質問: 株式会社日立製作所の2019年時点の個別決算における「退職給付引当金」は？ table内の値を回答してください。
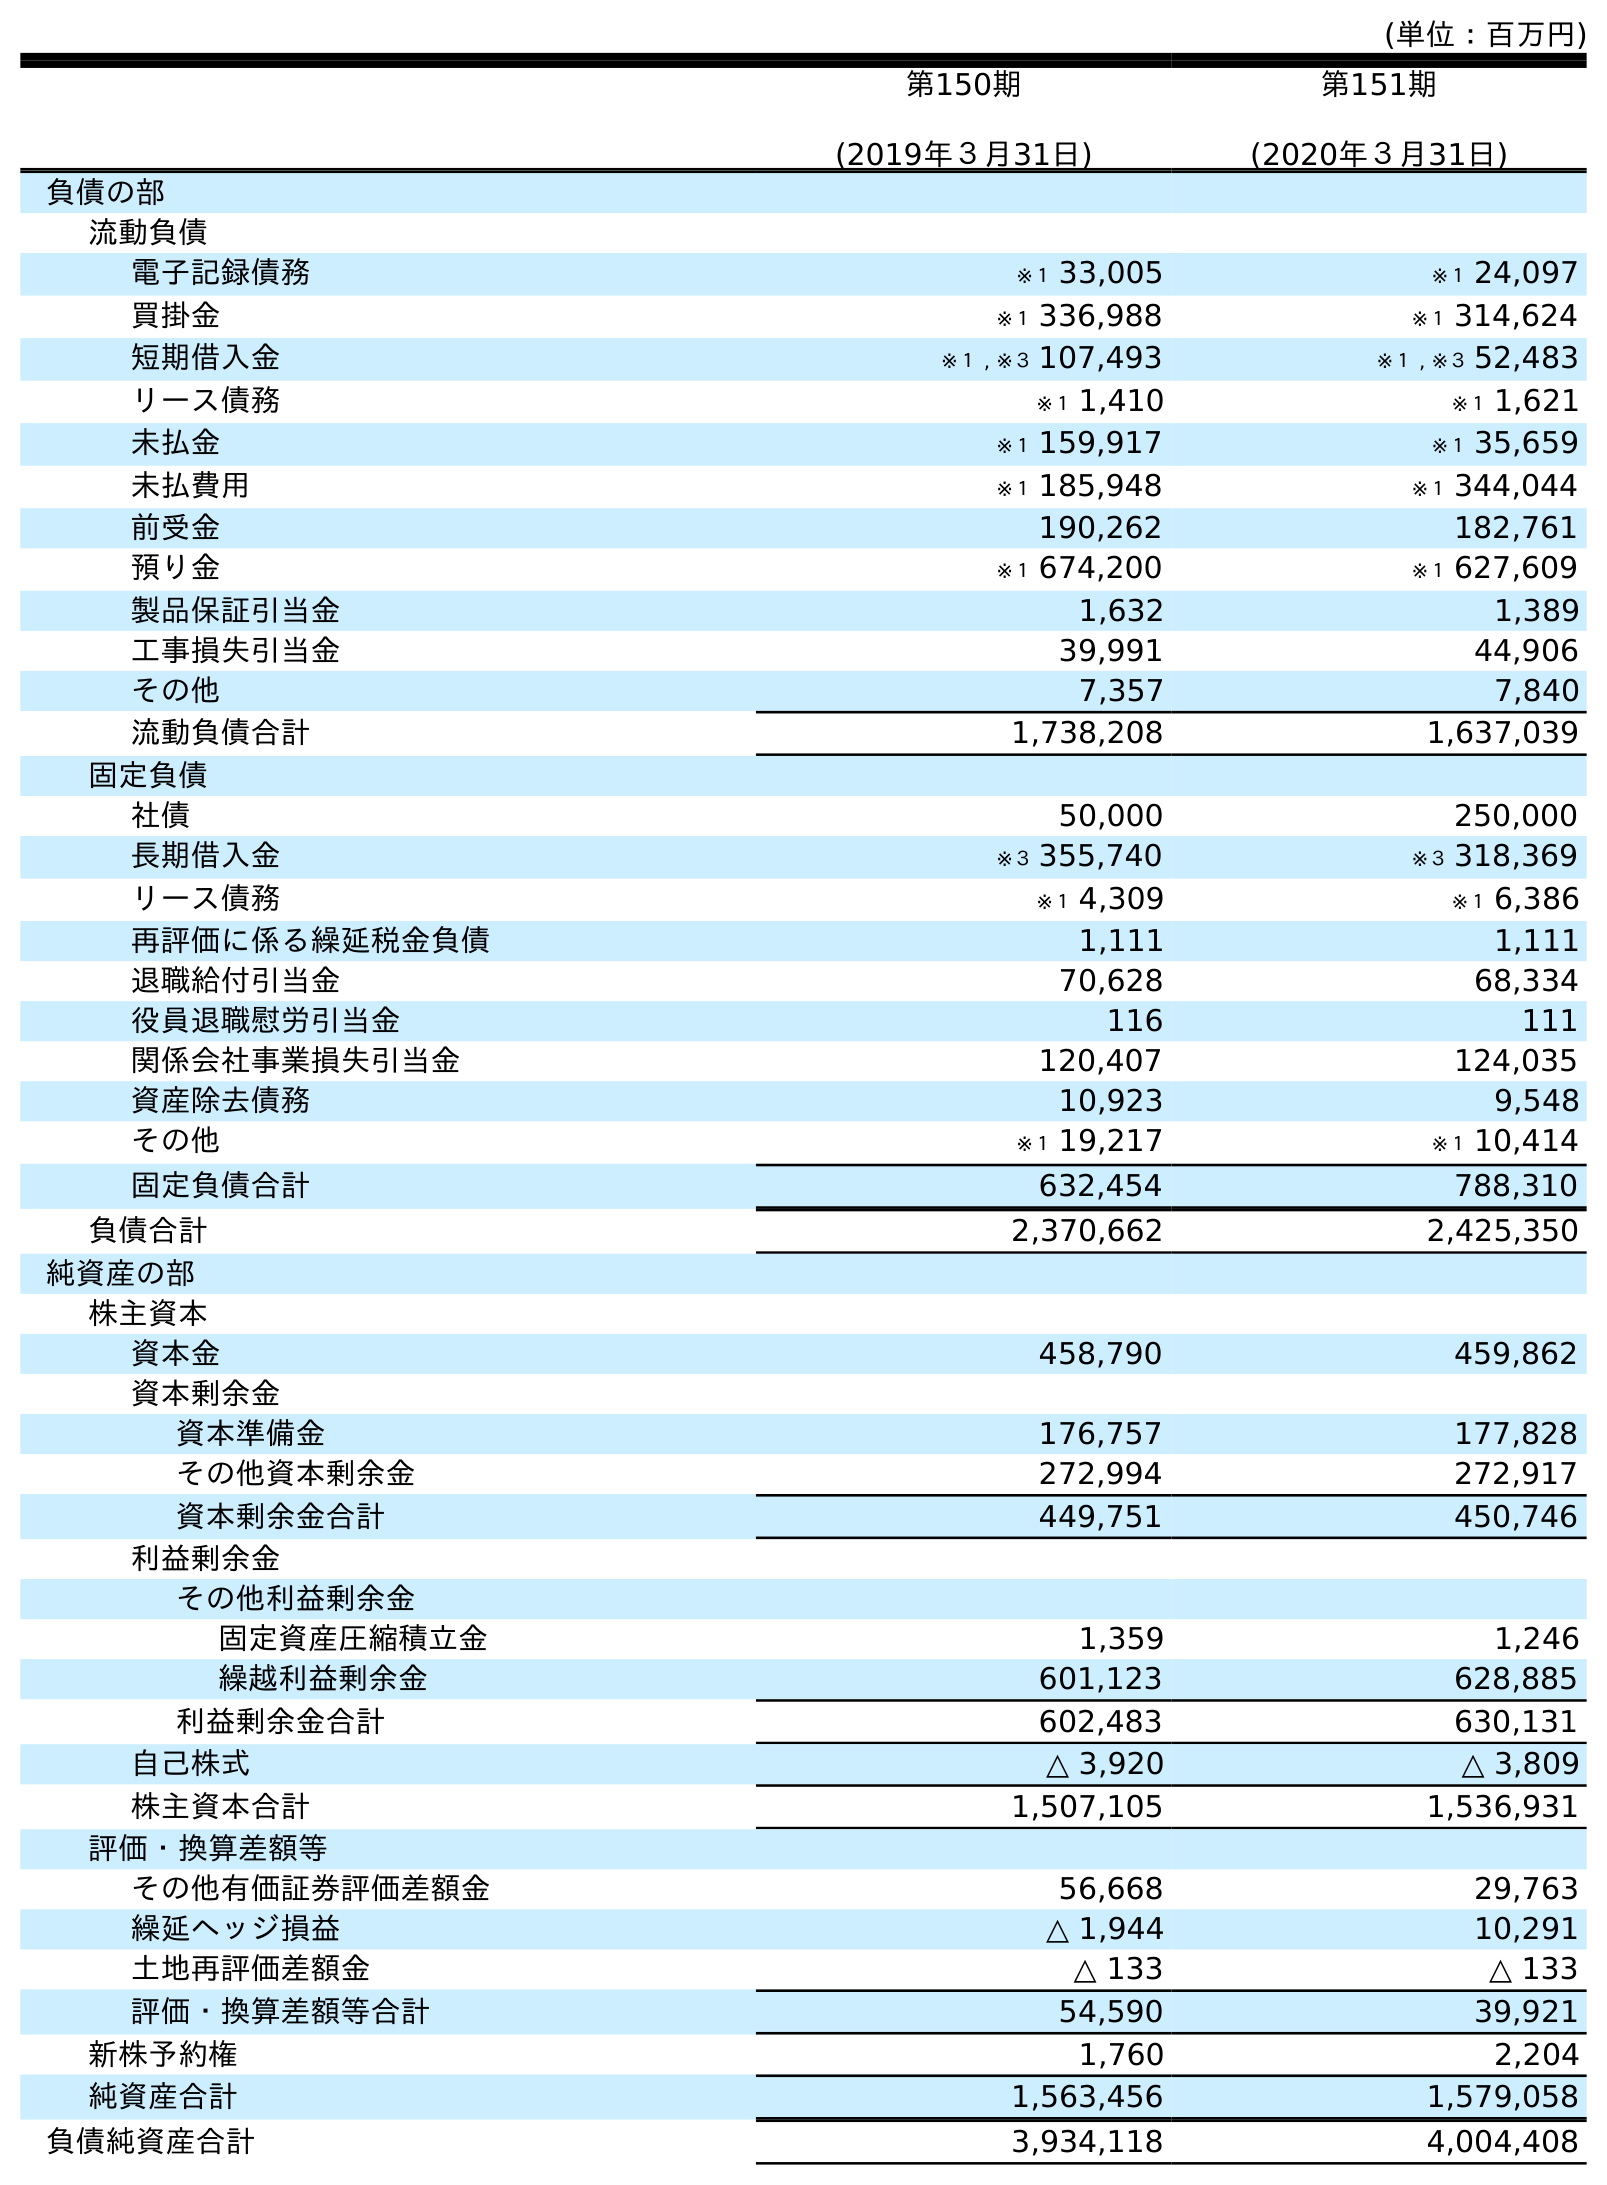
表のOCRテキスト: (単位：百万円) 第150期 (2019年３月31日) 第151期 (2020年３月31日) 負債の部 流動負債 電子記録債務 ※１ 33,005 ※１ 24,097 買掛金 ※１ 336,988 ※１ 314,624 短期借入金 ※１ , ※３ 107,493 ※１ , ※３ 52,483 リース債務 ※１ 1,410 ※１ 1,621 未払金 ※１ 159,917 ※１ 35,659 未払費用 ※１ 185,948 ※１ 344,044 前受金 190,262 182,761 預り金 ※１ 674,200 ※１ 627,609 製品保証引当金 1,632 1,389 工事損失引当金 39,991 44,906 その他 7,357 7,840 流動負債合計 1,738,208 1,637,039 固定負債 社債 50,000 250,000 長期借入金 ※３ 355,740 ※３ 318,369 リース債務 ※１ 4,309 ※１ 6,386 再評価に係る繰延税金負債 1,111 1,111 退職給付引当金 70,628 68,334 役員退職慰労引当金 116 111 関係会社事業損失引当金 120,407 124,035 資産除去債務 10,923 9,548 その他 ※１ 19,217 ※１ 10,414 固定負債合計 632,454 788,310 負債合計 2,370,662 2,425,350 純資産の部 株主資本 資本金 458,790 459,862 資本剰余金 資本準備金 176,757 177,828 その他資本剰余金 272,994 272,917 資本剰余金合計 449,751 450,746 利益剰余金 その他利益剰余金 固定資産圧縮積立金 1,359 1,246 繰越利益剰余金 601,123 628,885 利益剰余金合計 602,483 630,131 自己株式 △ 3,920 △ 3,809 株主資本合計 1,507,105 1,536,931 評価・換算差額等 その他有価証券評価差額金 56,668 29,763 繰延ヘッジ損益 △ 1,944 10,291 土地再評価差額金 △ 133 △ 133 評価・換算差額等合計 54,590 39,921 新株予約権 1,760 2,204 純資産合計 1,563,456 1,579,058 負債純資産合計 3,934,118 4,004,408
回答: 70,628